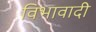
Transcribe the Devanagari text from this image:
विभावादी